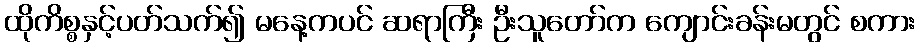
ထိုကိစ္စနှင့်ပတ်သက်၍ မနေ့ကပင် ဆရာကြီး ဦးသူတော်က ကျောင်းခန်းမတွင် စကား